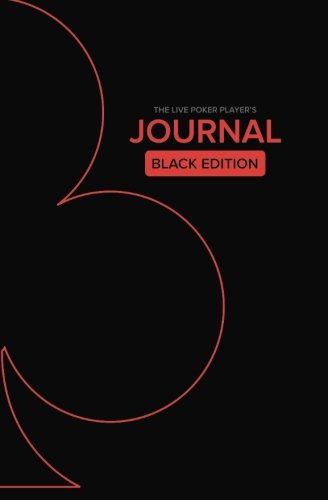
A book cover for Live Poker Player's Journal: Black Edition; James Sweeney; Humor & Entertainment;